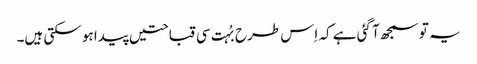
یہ تو سمجھ آ گئی ہے کہ اِس طرح بُہت سی قباحتیں پیدا ہو سکتی ہیں۔